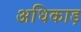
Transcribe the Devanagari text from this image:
अधिकाड़